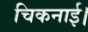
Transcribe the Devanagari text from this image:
चिकनाई।